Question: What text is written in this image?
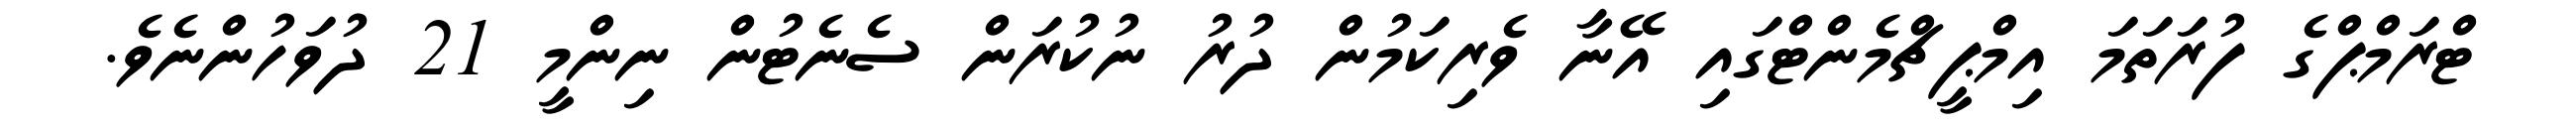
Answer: ޓްރަމްޕްގެ ފުރަތަމަ އިމްޕީޗްމެންޓްގައި އޭނާ ވެރިކަމުން ދުރު ނުކުރަން ސެނެޓުން ނިންމީ 21 ދުވަހުންނެވެ.